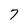
Character: 7